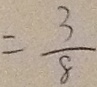
= \frac { 3 } { 8 }